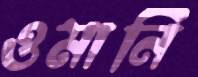
ওমানি